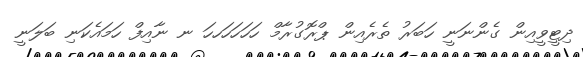
ދިޓީވީއިން ގެންނަނީ ހަބަރު ތެރެއިން ޕްރޮގުރާމް ހަހަހަހަހހަ ނ ނާއިފް ހަމައެކަނި ބަލަނީ